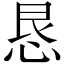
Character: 恳